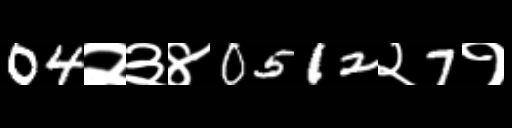
Text: 04२३४0512२7१